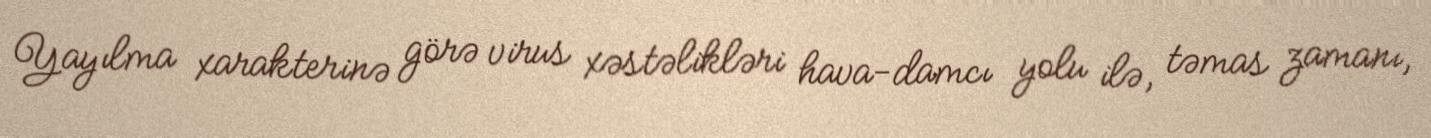
Yayılma xarakterinə görə virus xəstəlikləri hava-damcı yolu ilə, təmas zamanı,